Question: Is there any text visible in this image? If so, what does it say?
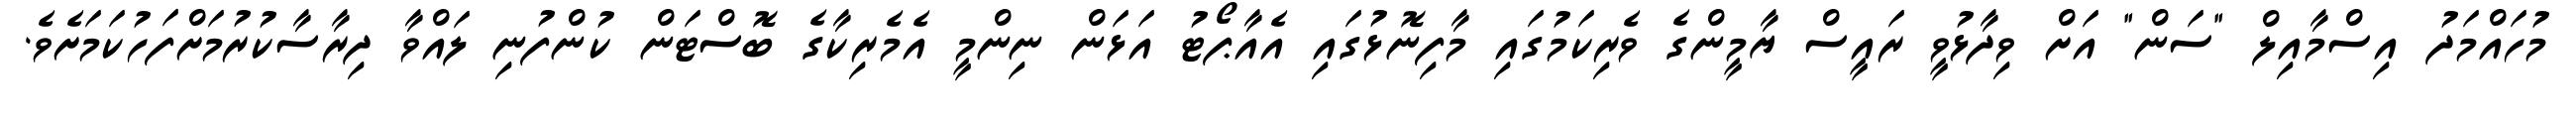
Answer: މުހައްމަދު އިސްމާއިލް "ސަން" އަށް ވިދާޅުވީ ރައީސް ޔާމީންގެ ވެރިކަމުގައި މާފިނޮޅުގައި އެއާޕޯޓު އަޅަން ނިންމީ އެމެރިކާގެ ބޮސްޓަން ކުންފުނި ލައްވާ ދިރާސާކުރުމަށްފަހުކަމަށެވެ.